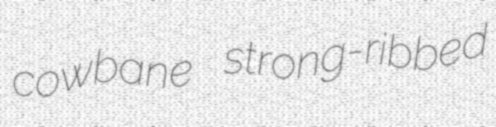
cowbane strong-ribbed